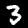
Digit: 3